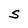
Character: S